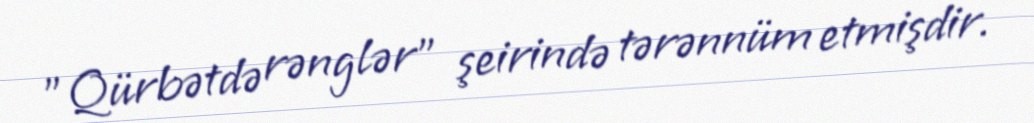
"Qürbətdə rənglər" şeirində tərənnüm etmişdir.